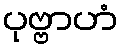
ပုဗ္ဗာဟံ